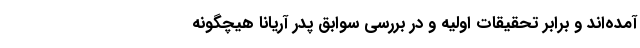
آمده‌اند و برابر تحقیقات اولیه و در بررسی سوابق پدر آریانا هیچگونه